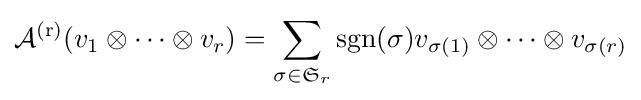
\operatorname {{\mathcal {A}}^{(r)}} (v_{1}\otimes \cdots \otimes v_{r})=\sum _{\sigma \in {\mathfrak {S}}_{r}}\operatorname {sgn} (\sigma )v_{\sigma (1)}\otimes \cdots \otimes v_{\sigma (r)}